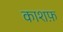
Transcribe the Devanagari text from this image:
काशफ़